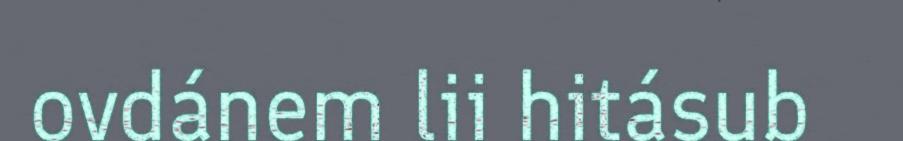
ovdánem lii hitásub